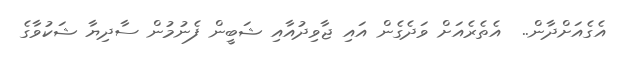
އެގެއަށްދާން..  އެތެރެއަށް ވަދެގެން އައި ޖާވިދުއާއި ޝަބީން ފެނުމުން ސާދިޔާ ޝަކުވާގެ